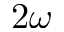
2 \omega